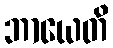
ဘာယေတိ